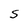
Character: S